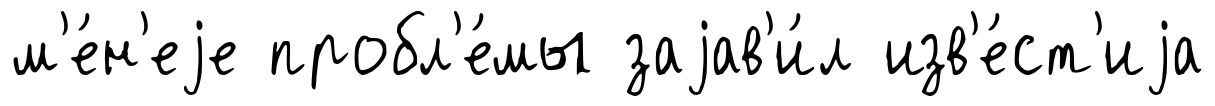
м'е́н'еjе пробл'е́мы заjав'и́л изв'е́ст'иjа